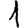
Digit: 1